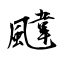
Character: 颹